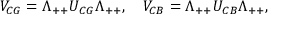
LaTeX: V _ { C G } = \Lambda _ { + + } U _ { C G } \Lambda _ { + + } , \quad V _ { C B } = \Lambda _ { + + } U _ { C B } \Lambda _ { + + } ,